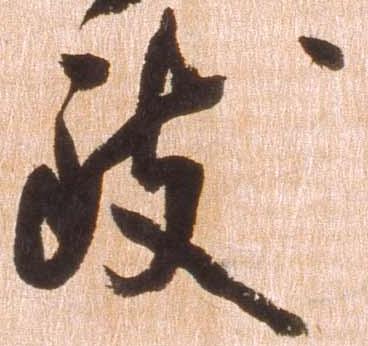
致